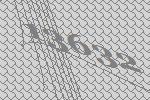
13632